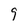
Character: 9